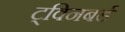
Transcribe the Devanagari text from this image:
ट्विनबर्ड